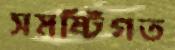
সমষ্টিগত